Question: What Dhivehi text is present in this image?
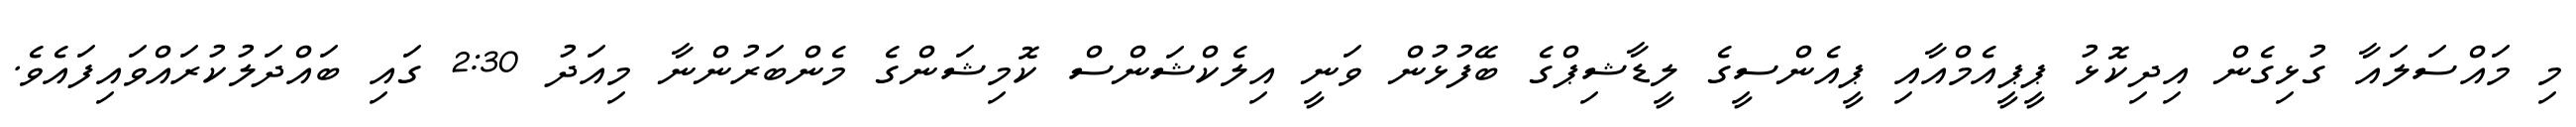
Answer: މި މައްސަލައާ ގުޅިގެން އިދިކޮޅު ޕީޕީއެމްއާއި ޕީއެންސީގެ ލީޑާޝިޕްގެ ބޭފުޅުން ވަނީ އިލެކްޝަންސް ކޮމިޝަންގެ މެންބަރުންނާ މިއަދު 2:30 ގައި ބައްދަލުކުރައްވައިފައެވެ.